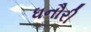
ધનૌરી